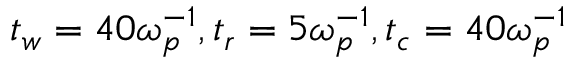
t _ { w } = 4 0 \omega _ { p } ^ { - 1 } , t _ { r } = 5 \omega _ { p } ^ { - 1 } , t _ { c } = 4 0 \omega _ { p } ^ { - 1 }